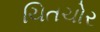
ચિતચોર